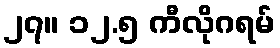
၂၇။ ၁၂.၅ ကီလိုဂရမ်